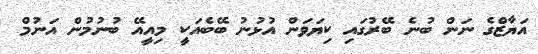
އަޔާޒްގެ ނަން ބުނެ ބޭރުގައި ކިޔަވަން އުޅުނު ބޭބެއަކީ މިއީއޭ ބުނުމުން އަނުމް